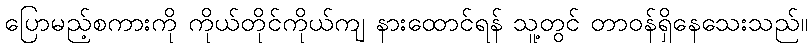
ပြောမည့်စကားကို ကိုယ်တိုင်ကိုယ်ကျ နားထောင်ရန် သူ့တွင် တာဝန်ရှိနေသေးသည်။